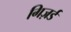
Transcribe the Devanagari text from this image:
गिज़र्ड